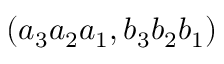
( a _ { 3 } a _ { 2 } a _ { 1 } , b _ { 3 } b _ { 2 } b _ { 1 } )